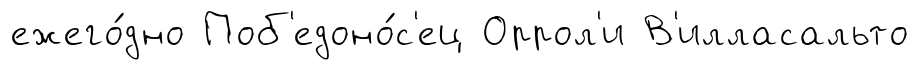
ежего́дно Поб'едоно́с'ец Оррол'и В'илласальто